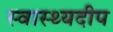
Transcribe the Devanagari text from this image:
स्वास्थ्यदीप